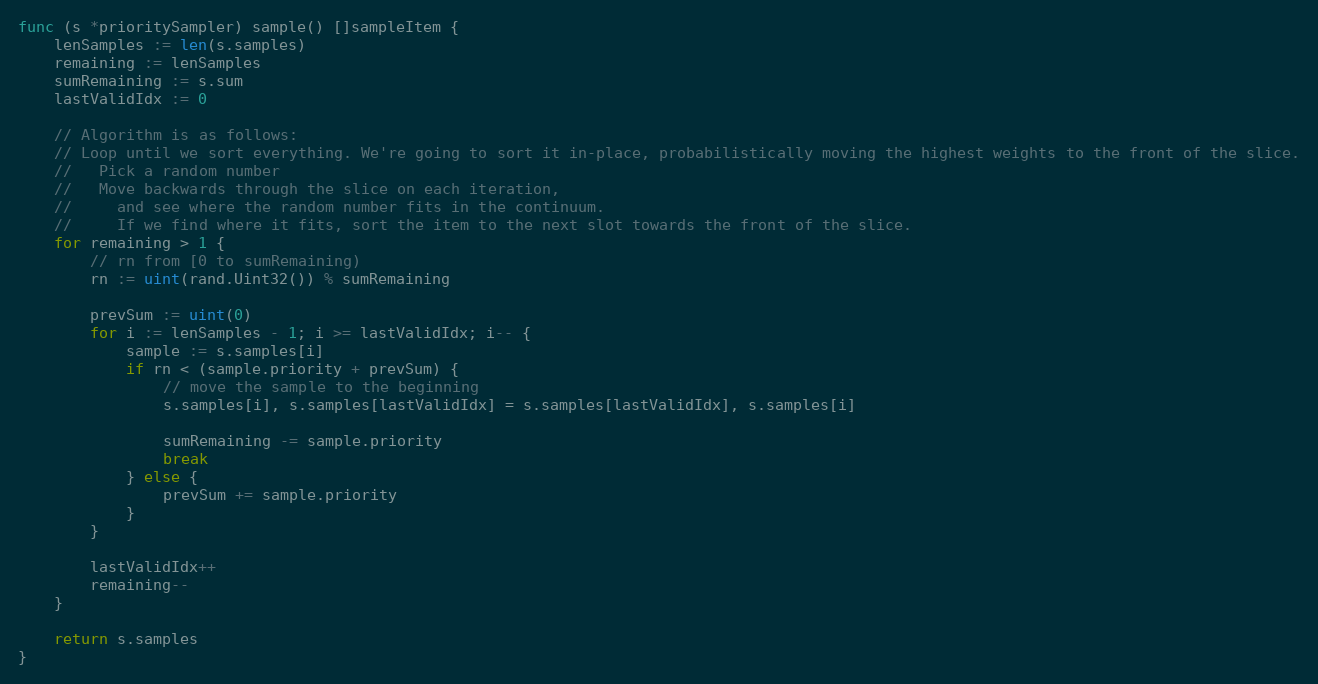
Language: Go
func (s *prioritySampler) sample() []sampleItem {
	lenSamples := len(s.samples)
	remaining := lenSamples
	sumRemaining := s.sum
	lastValidIdx := 0

	// Algorithm is as follows:
	// Loop until we sort everything. We're going to sort it in-place, probabilistically moving the highest weights to the front of the slice.
	//   Pick a random number
	//   Move backwards through the slice on each iteration,
	//     and see where the random number fits in the continuum.
	//     If we find where it fits, sort the item to the next slot towards the front of the slice.
	for remaining > 1 {
		// rn from [0 to sumRemaining)
		rn := uint(rand.Uint32()) % sumRemaining

		prevSum := uint(0)
		for i := lenSamples - 1; i >= lastValidIdx; i-- {
			sample := s.samples[i]
			if rn < (sample.priority + prevSum) {
				// move the sample to the beginning
				s.samples[i], s.samples[lastValidIdx] = s.samples[lastValidIdx], s.samples[i]

				sumRemaining -= sample.priority
				break
			} else {
				prevSum += sample.priority
			}
		}

		lastValidIdx++
		remaining--
	}

	return s.samples
}